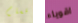
أقسام اقوياء